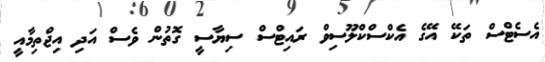
އެސެޓްސް ތަކޭ އޭގެ އެކްސްކްލޫސިވް ރައިޓްސް ސިޔާސީ ގޮތުން ވެސް އަދި އިޖްތިމާއީ